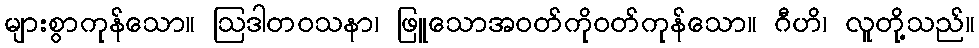
များစွာကုန်သော။ ဩဒါတဝသနာ၊ ဖြူသောအဝတ်ကိုဝတ်ကုန်သော။ ဂီဟိ၊ လူတို့သည်။